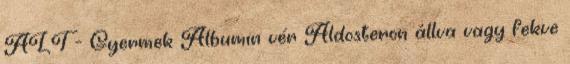
ALT - Gyermek Albumin vér Aldosteron állva vagy fekve